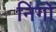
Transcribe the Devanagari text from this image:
निगो